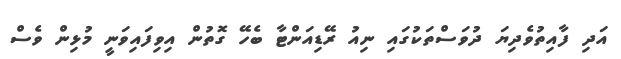
އަދި ފާއިތުވެދިޔަ ދުވަސްތަކުގައި ނިއު ރޭޑިއަންޓާ ބެހޭ ގޮތުން އިވިފައިވަނީ މުޅިން ވެސް